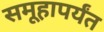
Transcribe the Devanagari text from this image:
समूहापर्यंत